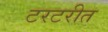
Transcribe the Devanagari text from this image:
टरटरीत